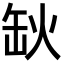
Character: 𦈦